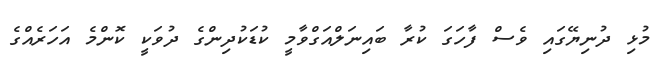
މުޅި ދުނިޔޭގައި ވެސް ފާހަގަ ކުރާ ބައިނަލްއަގްވާމީ ކުޑަކުދިންގެ ދުވަކީ ކޮންމެ އަހަރެއްގެ